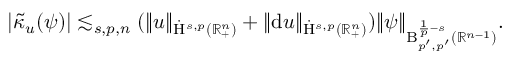
\begin{array} { r } { \lvert \Tilde { \kappa } _ { u } ( \psi ) \rvert \lesssim _ { s , p , n } ( \lVert u \rVert _ { \dot { \mathrm { H } } ^ { s , p } ( \mathbb { R } _ { + } ^ { n } ) } + \lVert \mathrm { d } u \rVert _ { \dot { \mathrm { H } } ^ { s , p } ( \mathbb { R } _ { + } ^ { n } ) } ) \lVert \psi \rVert _ { { \mathrm { B } } _ { p ^ { \prime } , p ^ { \prime } } ^ { \frac { 1 } { p } - s } ( \mathbb { R } ^ { n - 1 } ) } \mathrm { . ~ } } \end{array}